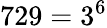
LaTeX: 729=3^{6}